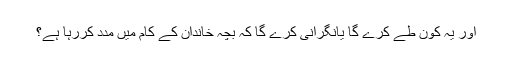
اور یہ کون طے کرے گا یانگرانی کرے گا کہ بچہ خاندان کے کام میں مدد کررہا ہے؟